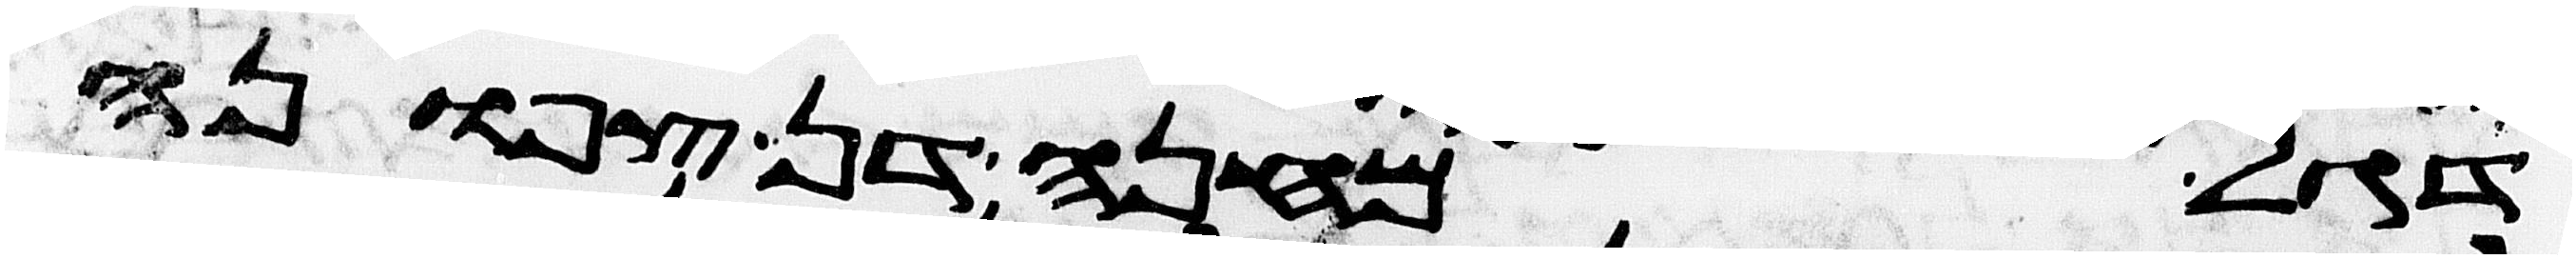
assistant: דגל מחנה דן צפונה